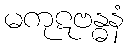
မကုဋဗန္ဓနံ